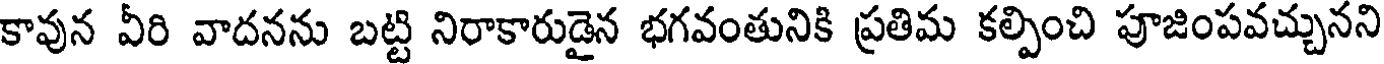
కావున వీరి వాదనను బట్టి నిరాకారుడైన భగవంతునికి ప్రతిమ కల్పించి పూజింపవచ్చునని